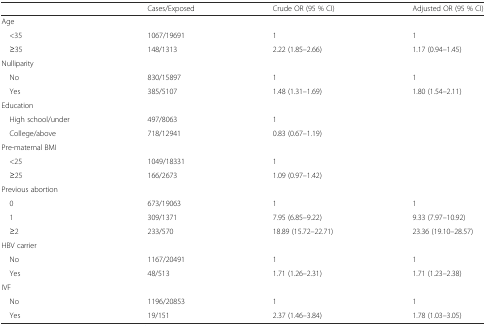
|  | Cases/Exposed | Crude OR (95 % CI) | Adjusted OR (95 % CI) |
 | --- | --- | --- | --- |
 | <COLSPAN=4> Age |
 | <35 | 1067/19691 | 1 | 1 |
 | ≥35 | 148/1313 | 2.22 (1.85–2.66) | 1.17 (0.94–1.45) |
 | <COLSPAN=4> Nulliparity |
 | No | 830/15897 | 1 | 1 |
 | Yes | 385/5107 | 1.48 (1.31–1.69) | 1.80 (1.54–2.11) |
 | <COLSPAN=4> Education |
 | High school/under | 497/8063 | 1 |  |
 | College/above | 718/12941 | 0.83 (0.67–1.19) |  |
 | <COLSPAN=4> Pre-maternal BMI |
 | <25 | 1049/18331 | 1 |  |
 | ≥25 | 166/2673 | 1.09 (0.97–1.42) |  |
 | <COLSPAN=4> Previous abortion |
 | 0 | 673/19063 | 1 | 1 |
 | 1 | 309/1371 | 7.95 (6.85–9.22) | 9.33 (7.97–10.92) |
 | ≥2 | 233/570 | 18.89 (15.72–22.71) | 23.36 (19.10–28.57) |
 | <COLSPAN=4> HBV carrier |
 | No | 1167/20491 | 1 | 1 |
 | Yes | 48/513 | 1.71 (1.26–2.31) | 1.71 (1.23–2.38) |
 | <COLSPAN=4> IVF |
 | No | 1196/20853 | 1 | 1 |
 | Yes | 19/151 | 2.37 (1.46–3.84) | 1.78 (1.03–3.05) |